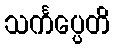
သင်္ကပ္ပေတိ